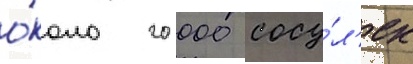
о́коло 20 000 сосу́л'ек